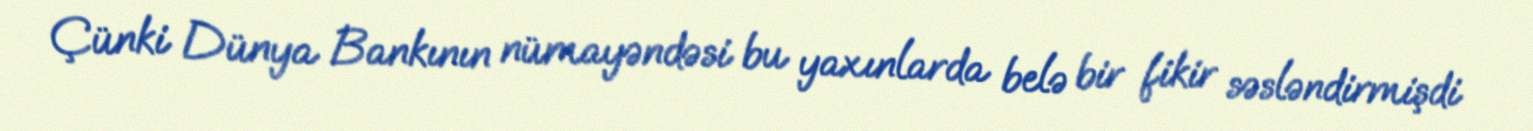
Çünki Dünya Bankının nümayəndəsi bu yaxınlarda belə bir fikir səsləndirmişdi